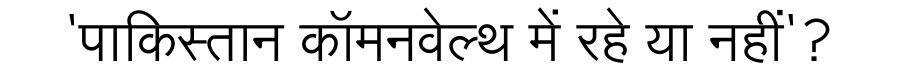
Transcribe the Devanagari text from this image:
'पाकिस्तान कॉमनवेल्थ में रहे या नहीं'?